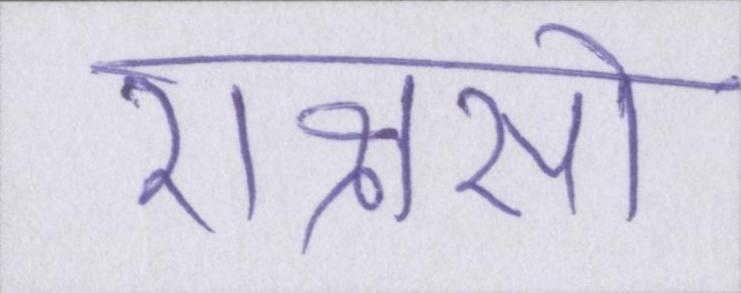
राक्षसों